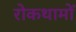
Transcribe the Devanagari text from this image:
रोकथामों